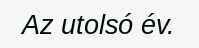
Az utolsó év.